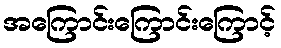
အကြောင်းကြောင်းကြောင့်